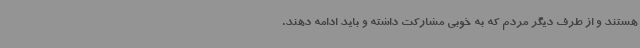
هستند و از طرف دیگر مردم که به خوبی مشارکت داشته و باید ادامه دهند.